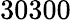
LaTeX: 30300